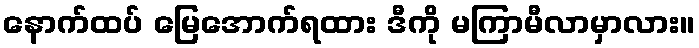
နောက်ထပ် မြေအောက်ရထား ဒီကို မကြာမီလာမှာလား။